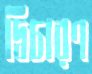
দ্বিচারণ